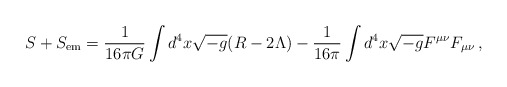
\begin{align*}S+S_{\rm em} = \frac{1}{16\pi G}\int{d^{4}x\sqrt{-g}(R-2\Lambda)} -\frac{1}{16\pi}\int{d^{4}x\sqrt{-g}F^{\mu\nu}F_{\mu\nu}}\, , \end{align*}